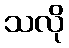
သလို